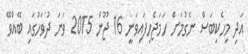
އަދި މިހެކިބަސް ނެގުމަށް ހަމަޖެހިފައިވަނީ 16 ޖޫން 2015 ވަނަ ދުވަހުގައި ބޭއްވޭ